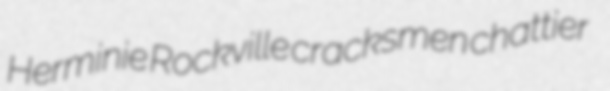
Herminie Rockville cracksmen chattier